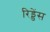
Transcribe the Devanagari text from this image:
रिड्डेंस